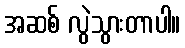
အဆစ် လွဲသွားတာပါ။